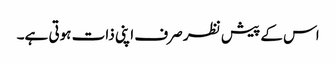
اس کے پیش نظر صرف اپنی ذات ہوتی ہے۔